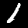
Label: 1